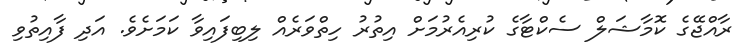
ރާއްޖޭގެ ކޮމާޝަލް ސެކްޓާގެ ކުރިއެރުމަށް އިތުރު ހިތްވަރެއް ލިބިފައިވާ ކަމަށެވެ. އަދި ފާއިތުވި